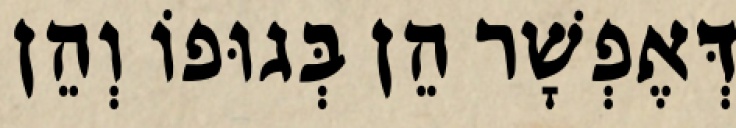
דְּאֶפְשָׁר הֵן בְּגוּפוֹ וְהֵן